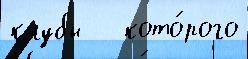
клубы   кото́рого